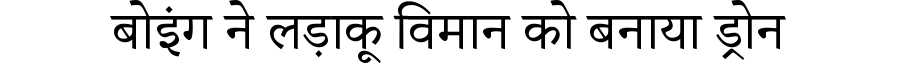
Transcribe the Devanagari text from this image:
बोइंग ने लड़ाकू विमान को बनाया ड्रोन